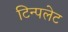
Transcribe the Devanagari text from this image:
टिन्पलेट